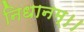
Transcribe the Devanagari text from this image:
निधानम्।।